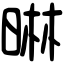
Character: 晽